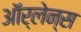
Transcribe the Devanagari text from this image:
ऑर्लेन्स